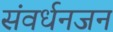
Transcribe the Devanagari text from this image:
संवर्धनजन